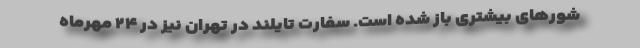
شورهای بیشتری باز شده است. سفارت تایلند در تهران نیز در ۲۴ مهرماه